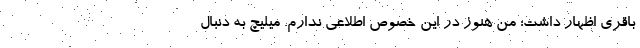
باقری اظهار داشت: من هنوز در این خصوص اطلاعی ندارم. میلیچ به دنبال